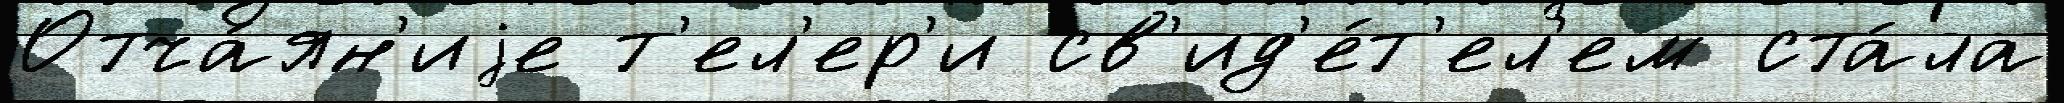
Отча́ян'иjе т'ел'ер'и св'ид'е́т'ел'ем ста́ла